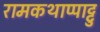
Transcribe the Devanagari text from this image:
रामकथाप्पाट्टु